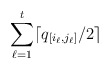
\begin{align*} \sum_{\ell=1}^t \lceil q_{[i_{\ell},j_{\ell}]}/2 \rceil\end{align*}